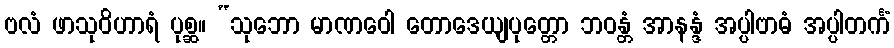
ဗလံ ဖာသုဝိဟာရံ ပုစ္ဆ။ “သုဘော မာဏဝေါ တောဒေယျပုတ္တော ဘဝန္တံ အာနန္ဒံ အပ္ပါဗာဓံ အပ္ပါတင်္ကံ